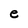
Character: e